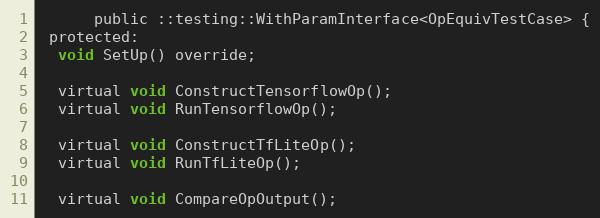
Language: C
      public ::testing::WithParamInterface<OpEquivTestCase> {
 protected:
  void SetUp() override;

  virtual void ConstructTensorflowOp();
  virtual void RunTensorflowOp();

  virtual void ConstructTfLiteOp();
  virtual void RunTfLiteOp();

  virtual void CompareOpOutput();